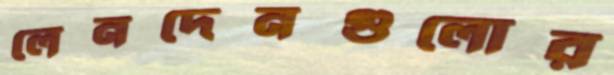
লেনদেনগুলোর